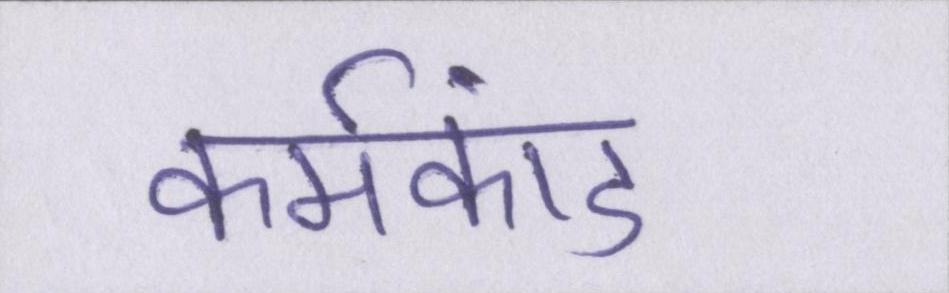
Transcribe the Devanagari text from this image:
कर्मकांड